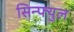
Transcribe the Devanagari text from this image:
सिन्फ्युल